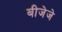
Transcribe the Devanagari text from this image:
बीजेजे